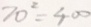
7 0 ^ { 2 } = 4 0 0